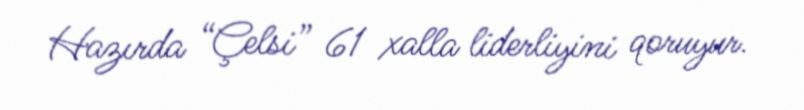
Hazırda “Çelsi” 61 xalla liderliyini qoruyur.